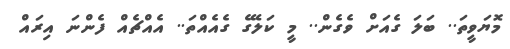
މޮޔަވީތަ.. ބަލަ ގެއަށް ވެގެން.. މީ ކަލޭގެ ގެއެއްތަ.. އެއްޗެއް ފެންނަ އިރައް